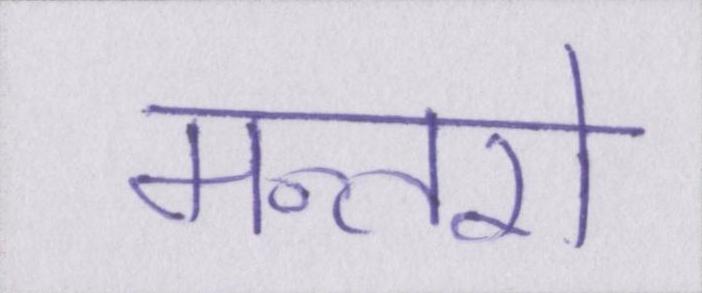
मन्तरो